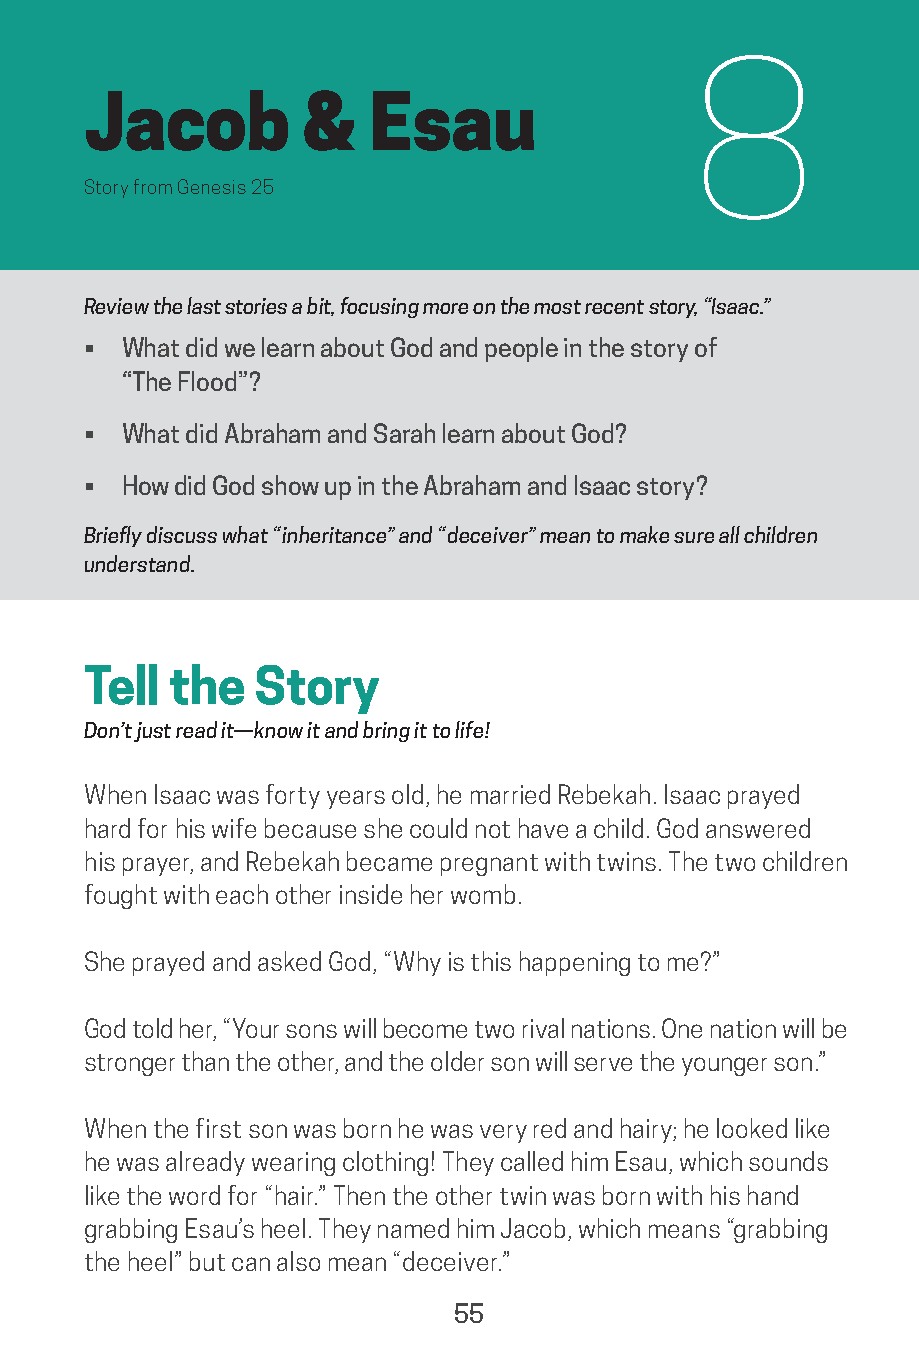
8
 Jacob          &   Esau
 Story from Genesis 25
 Review the last stories a bit, focusing more on the most recent story, “Isaac.”
 •  What did we learn about God and people in the story of
 “The Flood”?
 •  What did Abraham and Sarah learn about God?
 •  How did God show up in the Abraham and Isaac story?
 Briefly discuss what “inheritance” and “deceiver” mean to make sure all children
 understand.
 Tell  the  Story
 Don’t just read it—know it and bring it to life!
 When Isaac was forty years old, he married Rebekah. Isaac prayed
 hard for his wife because she could not have a child. God answered
 his prayer, and Rebekah became pregnant with twins. The two children
 fought with each other inside her womb.
 She prayed and asked God, “Why is this happening to me?”
 God told her, “Your sons will become two rival nations. One nation will be
 stronger than the other, and the older son will serve the younger son.”
 When the first son was born he was very red and hairy; he looked like
 he was already wearing clothing! They called him Esau, which sounds
 like the word for “hair.” Then the other twin was born with his hand
 grabbing Esau’s heel. They named him Jacob, which means “grabbing
 the heel” but can also mean “deceiver.”
 55
 saturate-story_of_god_kids-2.indd 55              8/10/17 10:11 PM